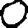
Digit: 0